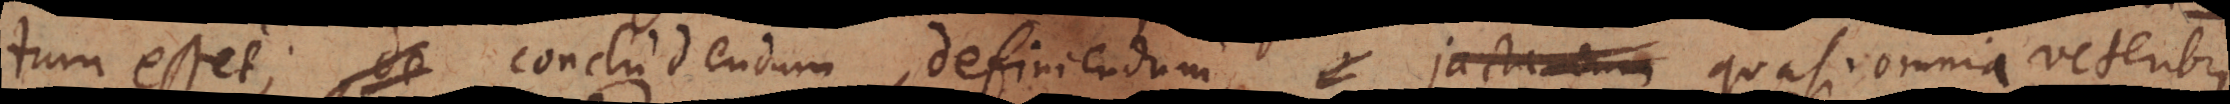
tum esset; de concludendum, definiendum, jactan quasi omnia veteribus